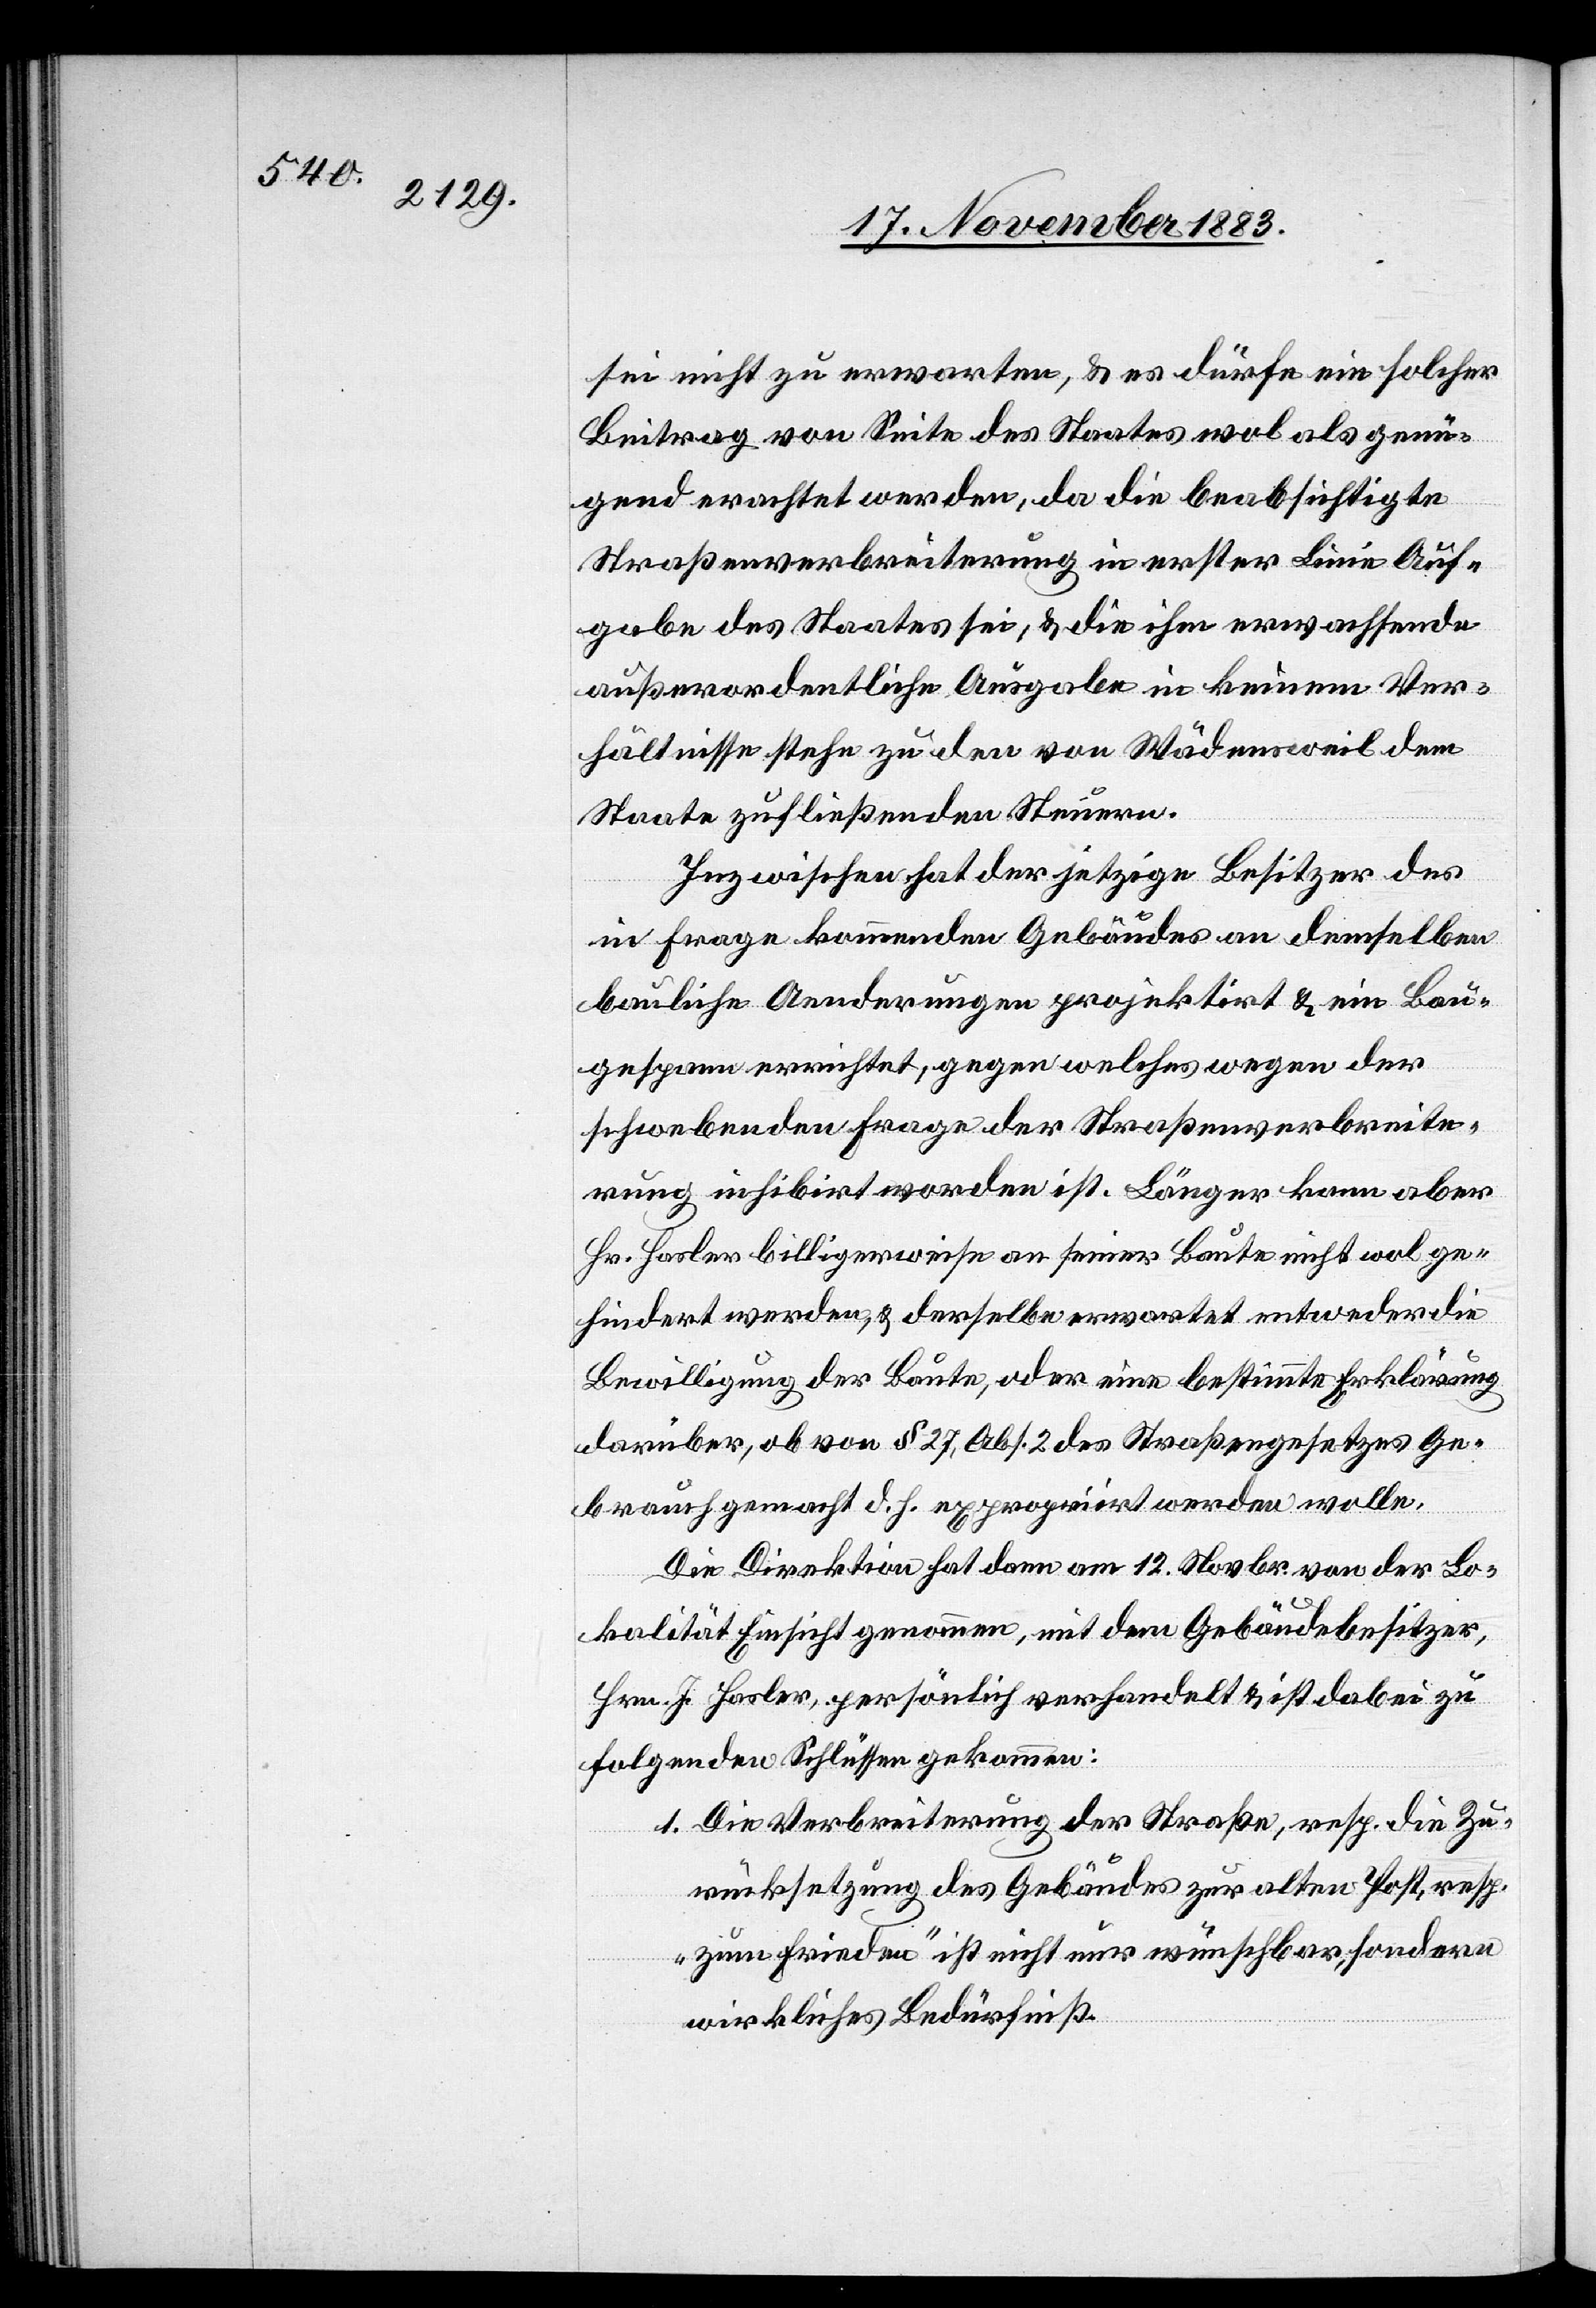
sei nicht zu erwarten, & es dürfe ein solcher
Beitrag von Seite des Staates wol als genü¬
gend erachtet werden, da die beabsichtigte
Straßenverbreiterung in erster Linie Auf¬
gabe des Staates sei, & die ihm erwachsende
außerordentliche Ausgabe in keinem Ver¬
hältnisse stehe zu den von Wädensweil dem
Staate zufließenden Steuern.
Inzwischen hat der jetzige Besitzer des
in Frage kommenden Gebäudes an demselben
bauliche Aenderungen projekirt & ein Bau¬
gespann errichtet, gegen welches wegen der
schwebenden Frage der Straßenverbreite¬
rung inhibirt worden ist. Länger kann aber
Hr. Hasler billigerweise an seiner Baue nicht wol ge¬
hindert werden, & derselbe erwartet entweder die
Bewilligung der Baute, oder eine bestimmte Erklärung
darüber, ob von § 27, Abs. 2 des Straßengesetzes Ge¬
brauch gemacht d. h. expropriirt werden wolle.
Die Direktion hat dann am 12. Novbr. von der Lo¬
kalität Einsicht genommen, mit dem Gebäudebesitzer,
Hrn. J. Halser, persönlich verhandelt & ist dabei zu
folgenden Schlüssen gekommen:
1. Die Verbreiterung der Straße, resp. die Zu¬
rücksetzung des Gebäudes zur alten Post, resp.
„zum Frieden“ ist nicht nur wünschbar, sondern
wirkliches Bedürfniß.